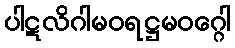
ပါဋလိဂါမဝရဋ္ဌမဝဂ္ဂေါ